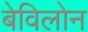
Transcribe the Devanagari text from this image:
बेविलोन